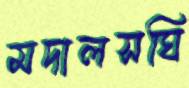
মদালসঘি